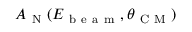
A _ { \mathrm { ~ N ~ } } ( E _ { \mathrm { ~ b ~ e ~ a ~ m ~ } } , \theta _ { \mathrm { ~ C ~ M ~ } } )